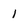
Character: 1